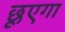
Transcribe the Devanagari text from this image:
छूएगा